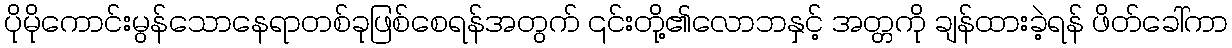
ပိုမိုကောင်းမွန်သောနေရာတစ်ခုဖြစ်စေရန်အတွက် ၎င်းတို့၏လောဘနှင့် အတ္တကို ချန်ထားခဲ့ရန် ဖိတ်ခေါ်ကာ